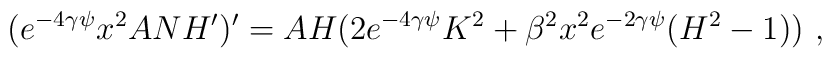
(e^{-4\gamma\psi}x^2 ANH')'=AH(2e^{-4\gamma\psi}K^2+ \beta^2 x^2 e^{-2\gamma\psi}(H^2-1))\ ,